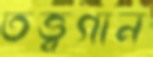
তত্ত্বগান